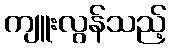
ကျူးလွန်သည့်